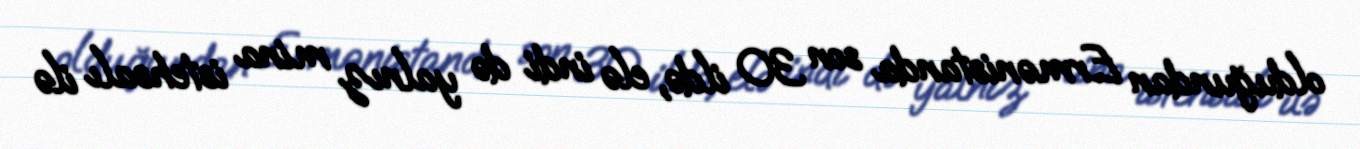
olduğundan Ermənistanda son 30 ildə, elə indi də yalnız mina istehsalı ilə